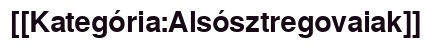
[[Kategória:Alsósztregovaiak]]